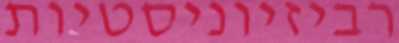
רביזיוניסטיות